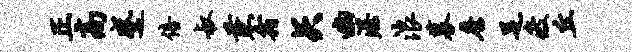
正高蹙倍叔兼霜矢幽渥浪募詹足疲丘